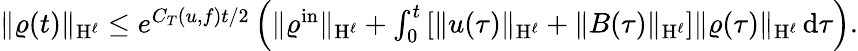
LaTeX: \begin{array}{r}{\Vert\varrho(t)\Vert_{\mathrm{H}^{\ell}}\leq e^{C_{T}(u,f)t/2}\left(\Vert\varrho^{\mathrm{in}}\Vert_{\mathrm{H}^{\ell}}+\int_{0}^{t}\left[\Vert u(\tau)\Vert_{\mathrm{H}^{\ell}}+\Vert B(\tau)\Vert_{\mathrm{H}^{\ell}}\right]\Vert\varrho(\tau)\Vert_{\mathrm{H}^{\ell}}\, \mathrm{d}\tau\right).}\end{array}